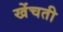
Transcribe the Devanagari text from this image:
खेंचती